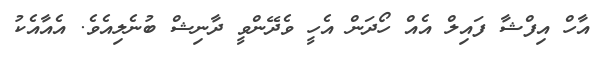
އާހް އިފްޝާ ފައިލް އެއް ހޯދަން އެހީ ވެދޭންވީ ދާނިޝް ބުނެލިއެވެ. އެއާއެކު